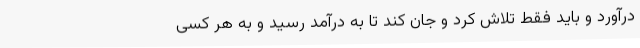
درآورد و باید فقط تلاش کرد و جان کند تا به درآمد رسید و به هر کسی